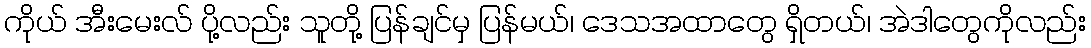
ကိုယ် အီးမေးလ် ပို့လည်း သူတို့ ပြန်ချင်မှ ပြန်မယ်၊ ဒေသအထာတွေ ရှိတယ်၊ အဲဒါတွေကိုလည်း